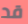
قد